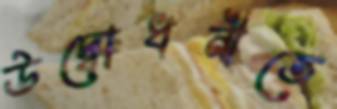
উদ্বোধনীতে